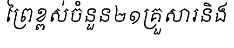
ព្រៃខ្ពស់ចំនួន២១គ្រួសារនិង